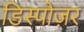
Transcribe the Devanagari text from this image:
डिस्पोज़र